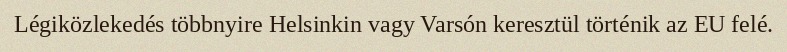
Légiközlekedés többnyire Helsinkin vagy Varsón keresztül történik az EU felé.